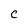
Character: c